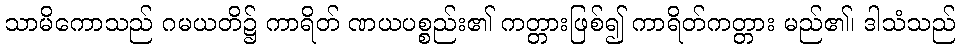
သာမိကောသည် ဂမယတိ၌ ကာရိတ် ဏယပစ္စည်း၏ ကတ္တားဖြစ်၍ ကာရိတ်ကတ္တား မည်၏၊ ဒါသံသည်